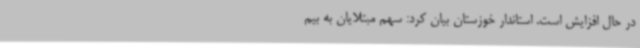
در حال افزایش است. استاندار خوزستان بیان کرد: سهم مبتلایان به بیم